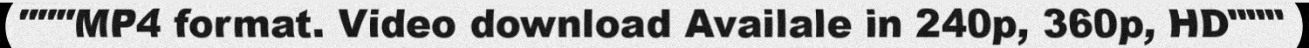
"""MP4 format. Video download Availale in 240p, 360p, HD"""